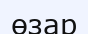
өзар